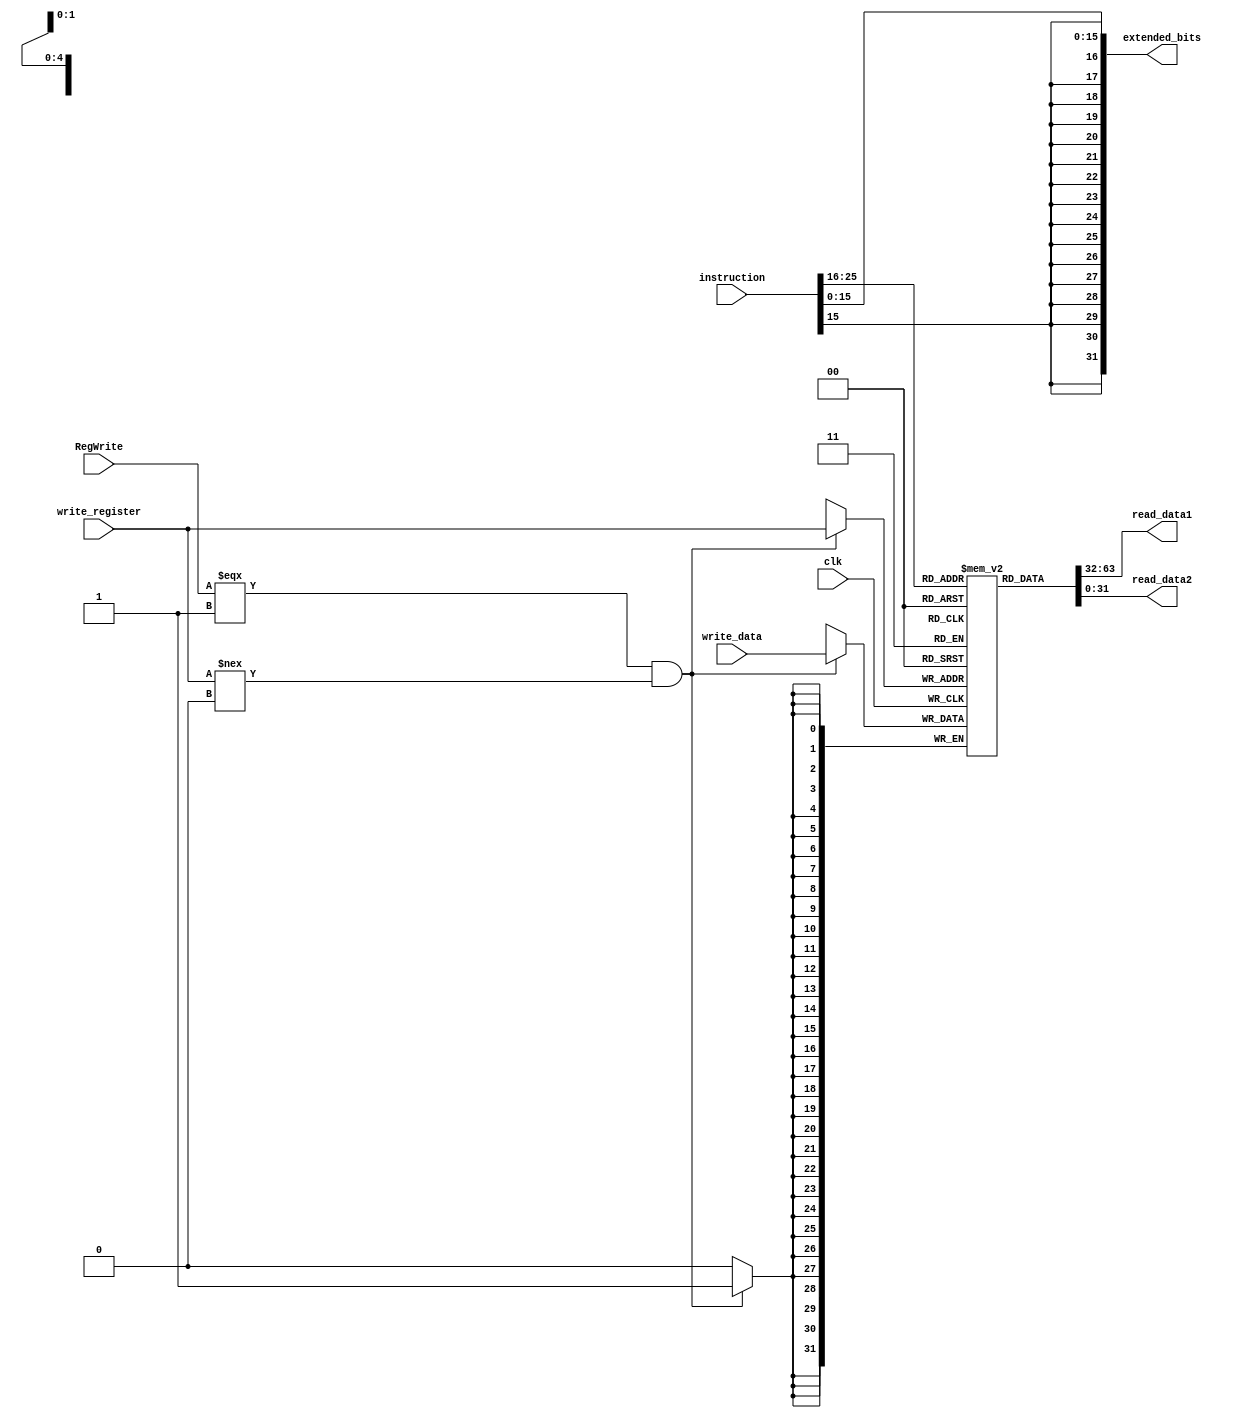
// extended_bits refer to the ouput of the extender
module ID_Register_File(// Input
                        clk, 
                        instruction, 
                        write_data, 
                        write_register, 
                        RegWrite,
                        // Output
                        read_data1, 
                        read_data2, 
                        extended_bits);

// INPUT 
input clk;
input [31:0] instruction;
input [31:0] write_data;
input [4:0] write_register;
input RegWrite;

// OUTPUT
output [31:0] read_data1;
output [31:0] read_data2;
output [31:0] extended_bits;

reg [31:0] registers [31:0];


integer i;
initial
begin
  for(i = 0; i < 32; i = i + 1)
    registers[i] = 32'b0;
  registers[29] = 32'd4000;
end

assign read_data1 = registers[instruction[25:21]];
assign read_data2 = registers[instruction[20:16]];
assign extended_bits = $signed(instruction[15:0]);


always @(posedge clk)
begin
  if((RegWrite === 1) && (write_register !== 5'b0))
	begin
		registers[write_register] <= write_data;
	end
end

endmodule